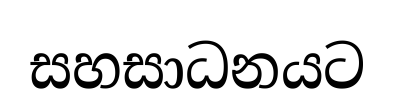
සහසාධනයට